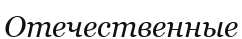
Отечественные